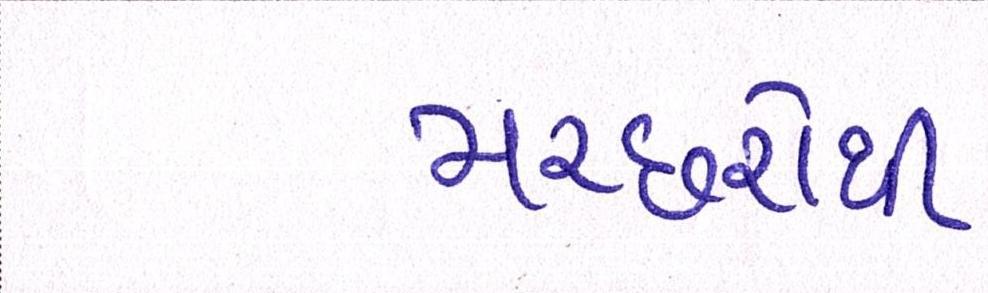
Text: મચ્છરોથી